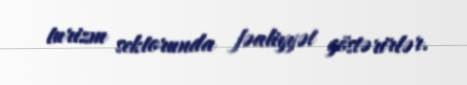
turizm sektorunda fəaliyyət göstərirlər.